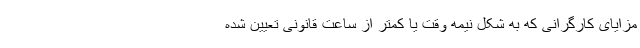
مزایای کارگرانی که به شکل نیمه وقت یا کمتر از ساعت قانونی تعیین شده